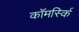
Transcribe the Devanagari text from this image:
कॉमर्स्कि